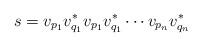
LaTeX: \begin{align*}s = v_{p_1}v_{q_1}^*v_{p_1}v_{q_1}^*\cdots v_{p_n}v_{q_n}^*\end{align*}